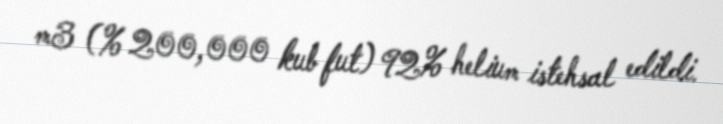
m3 (% 200,000 kub fut) 92% helium istehsal edildi.